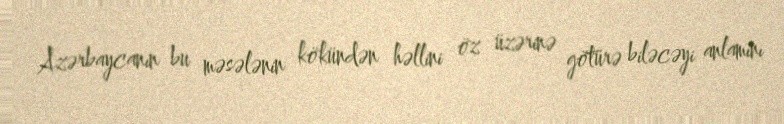
Azərbaycanın bu məsələnin kökündən həllini öz üzərinə götürə biləcəyi anlamını